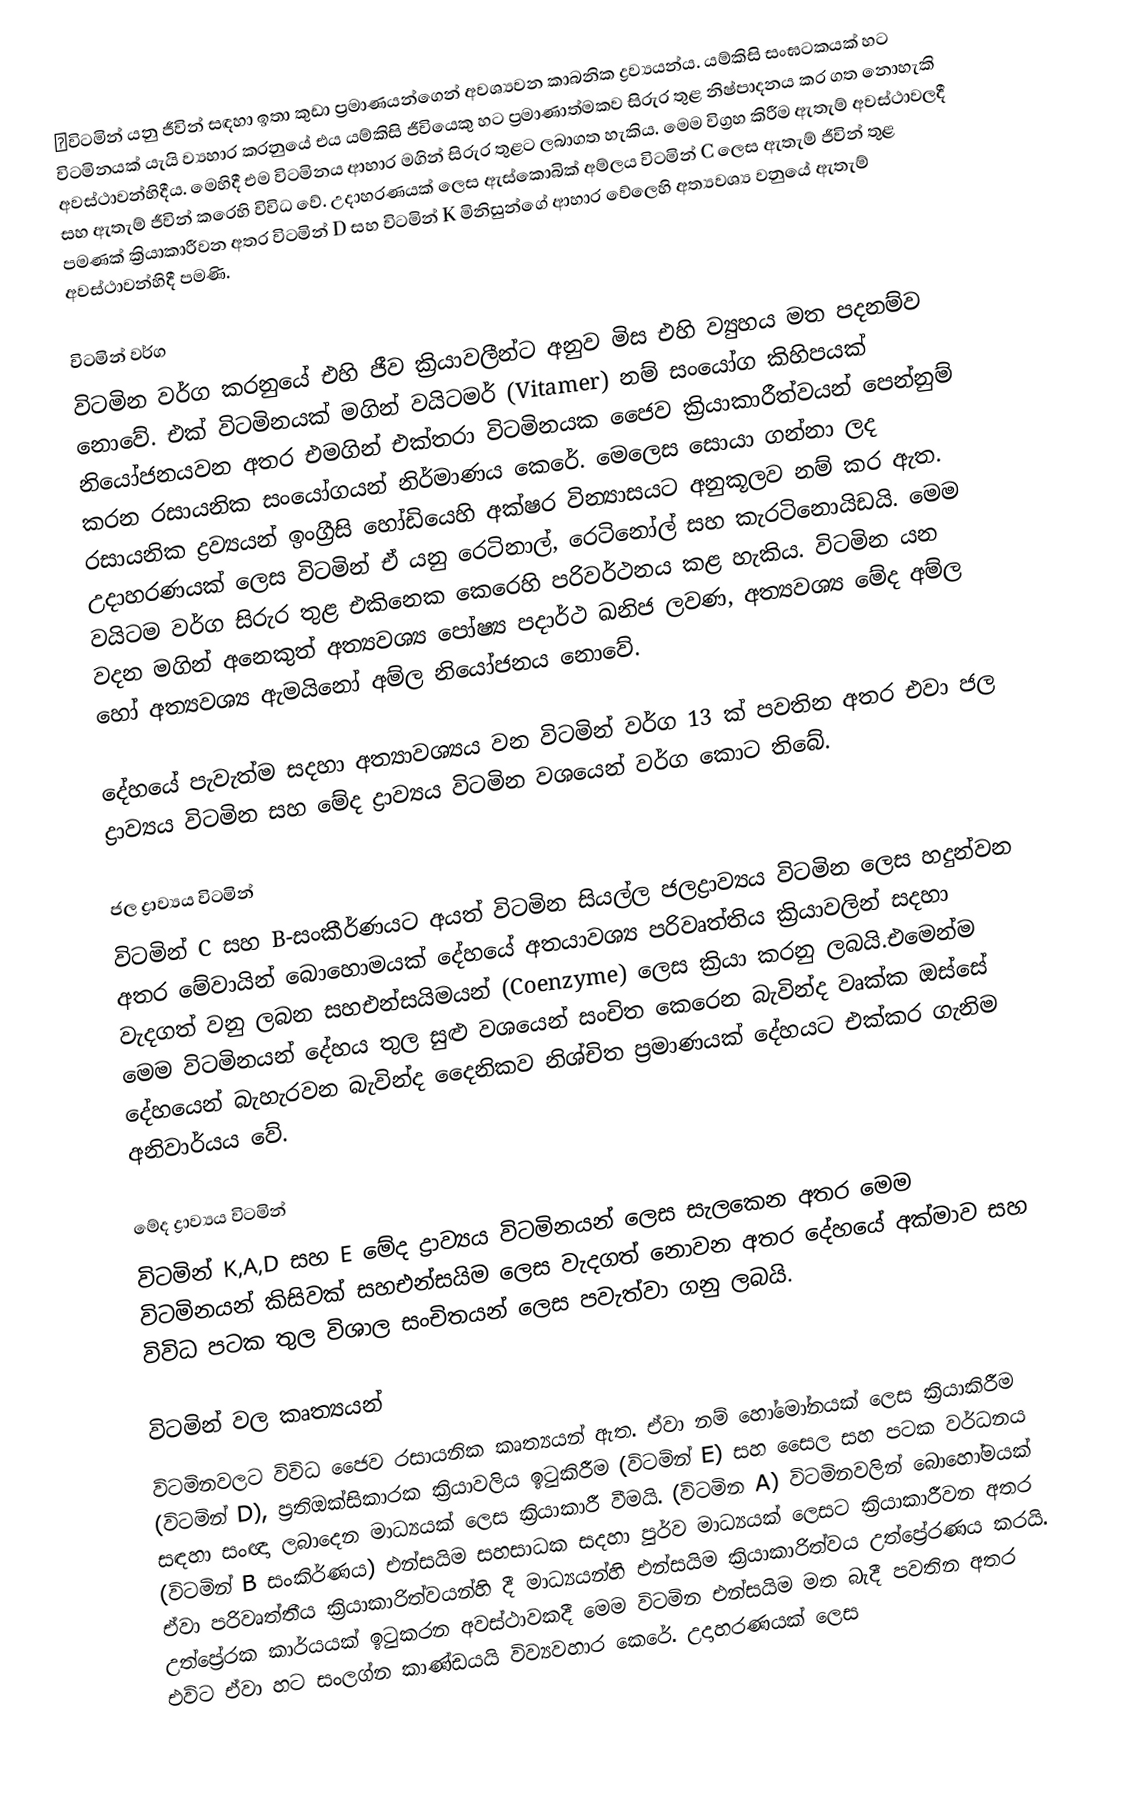
🤟විටමින් යනු ජීවින් සඳහා ඉතා කුඩා ප්‍රමාණයන්ගෙන් අවශ්‍යවන කාබනික ද්‍රව්‍යයන්ය. යම්කිසි සංඝටකයක් හට විටමිනයක් යැයි ව්‍යහාර කරනුයේ එය යම්කිසි ජීවියෙකු හට ප්‍රමාණාත්මකව සිරුර තුළ නිෂ්ප‍ාදනය කර ගත නොහැකි අවස්ථාවන්හිදීය. මෙහිදී එම විටමිනය ආහාර මගින් සිරුර තුළට ලබාගත හැකිය. මෙම විග්‍රහ කිරීම ඇතැම් අවස්ථාවලදී සහ ඇතැම් ජීවින් කරෙහි විවිධ වේ. උදාහරණයක් ලෙස ඇස්කොබික් අම්ලය විටමින් C ලෙස ඇතැම් ජීවින් තුළ පමණක් ක්‍රියාකාරීවන අතර විටමින් D සහ විටමින් K මිනිසුන්ගේ ආහාර වේලෙහි අත්‍යවශ්‍ය වනුයේ ඇතැම් අවස්ථාවන්හිදී පමණි.

විටමින් වර්ග
විටමින වර්ග කරනුයේ එහි ජීව ක්‍රියාවලීන්ට අනුව මිස එහි ව්‍යුහය මත පදනම්ව නොවේ. එක් විටමිනයක් මගින් වයිටමර් (Vitamer) නම් සංයෝග කිහිපයක් නියෝජනයවන අතර එමගින් එක්තරා විටමිනයක ජෛව ක්‍රියාකාරීත්වයන් පෙන්නුම් කරන රසායනික සංයෝගයන් නිර්මාණය කෙරේ. මෙලෙස සොයා ගන්නා ලද රසායනික ද්‍රව්‍යයන් ඉංග්‍රීසි හෝඩියෙහි අක්ෂර වින්‍යාසයට අනුකූලව නම් කර ඇත. උදාහරණයක් ලෙස විටමින් ඒ යනු රෙටිනාල්, රෙටිනෝල් සහ කැරටිනොයිඩයි. මෙම වයිටම වර්ග සිරුර තුළ එකිනෙක කෙරෙහි පරිවර්ථනය කළ හැකිය. විටමින යන වදන මගින් අනෙකුත් අත්‍යවශ්‍ය පෝෂ්‍ය පදාර්ථ ඛනිජ ලවණ, අත්‍යවශ්‍ය මේද අම්ල හෝ අත්‍යවශ්‍ය ඇමයිනෝ අම්ල නියෝජනය නොවේ.

දේහයේ පැවැත්ම සදහා අත්‍යාවශ්‍යය වන විටමින් වර්ග 13 ක් පවතින අතර එවා ජල ද්‍රාව්‍යය විටමින සහ මේද ද්‍රාව්‍යය විටමින වශයෙන් වර්ග කොට තිබේ.

ජල ද්‍රාව්‍යය විටමින්
විටමින් C සහ B-සංකීර්ණයට අයත් විටමින සියල්ල ජලද්‍රාව්‍යය විටමින ලෙස හදුන්වන අතර මේවායින් බොහොමයක් දේහයේ අතයාවශ්‍ය පරිවෘත්තිය ක්‍රියාවලින් සදහා වැදගත් වනු ලබන සහඑන්සයිමයන් (Coenzyme) ලෙස ක්‍රියා කරනු ලබයි.එමෙන්ම මෙම විටමිනයන් දේහය තුල සුළු වශයෙන් සංචිත කෙරෙන බැවින්ද වෘක්ක ඔස්සේ දේහයෙන් බැහැරවන බැවින්ද දෛනිකව නිශ්චිත ප්‍රමාණයක් දේහයට එක්කර ගැනිම අනිවාර්යය වේ.

මේද ද්‍රාව්‍යය විටමින්
විටමින් K,A,D සහ E මේද ද්‍රාව්‍යය විටමිනයන් ලෙස සැලකෙන අතර මෙම විටමිනයන් කිසිවක් සහඑන්සයිම ලෙස වැදගත් නොවන අතර දේහයේ අක්මාව සහ විවිධ පටක තුල විශාල සංචිතයන් ලෙස පවැත්වා ගනු ලබයි.

විටමින් වල කෘත්‍යයන්
විටමිනවලට විවිධ ජෛව රසායනික කෘත්‍යයන් ඇත. ඒවා නම් හෝමෝනයක් ලෙස ක්‍රියාකිරීම (විටමින් D), ප්‍රතිඔක්සිකාරක ක්‍රියාවලිය ඉටුකිරීම (විටමින් E) සහ සෛල සහ පටක වර්ධනය සඳහා සංඥා ලබාදෙන මාධ්‍යයක් ලෙස ක්‍රියාකාරී වීමයි. (විටමින A) විටමිනවලින් බොහෝමයක් (විටමින් B සංකිර්ණය) එන්සයිම සහසාධක සදහා පුර්ව මාධ්‍යයක් ලෙසට ක්‍රියාකාරීවන අතර ඒවා පරිවෘත්තීය ක්‍රියාකාරිත්වයන්හි දී මාධ්‍යයන්හි එන්සයිම ක්‍රියාකාරිත්වය උත්ප්‍රේරණය කරයි. උත්ප්‍රේරක කාර්යයක් ඉටුකරන අවස්ථාවකදී මෙම විටමින එන්සයිම මත බැදී පවතින අතර එවිට ඒවා හට සංලග්න කාණ්ඩයයි විව්‍යවහාර කෙරේ. උදාහරණයක් ලෙස